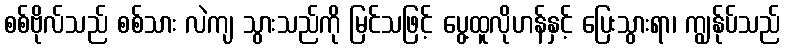
စစ်ဗိုလ်သည် စစ်သား လဲကျ သွားသည်ကို မြင်သဖြင့် ပွေ့ထူလိုဟန်နှင့် ပြေးသွားရာ၊ ကျွန်ုပ်သည်